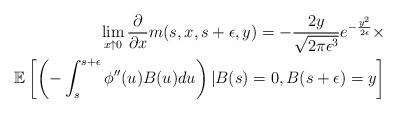
LaTeX: \begin{align*}\lim_{x \uparrow 0} \frac{\partial}{\partial x} m(s,x,s+\epsilon,y)=-\frac{2y}{\sqrt{2\pi \epsilon^3}} e^{-\frac{y^2}{2\epsilon}}\times \\ \mathbb{E}\left[ \left (-\int_{s}^{s+\epsilon} \phi''(u)B(u)du \right ) \vert B(s)=0,B(s+\epsilon)=y\right]\end{align*}